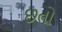
છતો